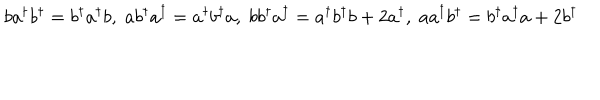
b a ^ { \dagger } b ^ { \dagger } = b ^ { \dagger } a ^ { \dagger } b , \; a b ^ { \dagger } a ^ { \dagger } = a ^ { \dagger } b ^ { \dagger } a , \; b b ^ { \dagger } a ^ { \dagger } = a ^ { \dagger } b ^ { \dagger } b + 2 a ^ { \dagger } , \; a a ^ { \dagger } b ^ { \dagger } = b ^ { \dagger } a ^ { \dagger } a + 2 b ^ { \dagger }